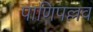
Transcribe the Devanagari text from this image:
पाणिपल्लव